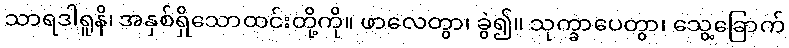
သာရဒါရူနိ၊ အနှစ်ရှိသောထင်းတို့ကို။ ဖာလေတွာ၊ ခွဲ၍။ သုက္ခာပေတွာ၊ သွေ့ခြောက်